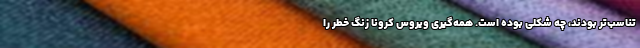
تناسب‌تر بودند، چه شکلی بوده است. همه‌گیری ویروس کرونا زنگ خطر را